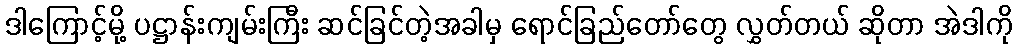
ဒါကြောင့်မို့ ပဋ္ဌာန်းကျမ်းကြီး ဆင်ခြင်တဲ့အခါမှ ရောင်ခြည်တော်တွေ လွှတ်တယ် ဆိုတာ အဲဒါကို